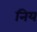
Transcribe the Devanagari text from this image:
निय